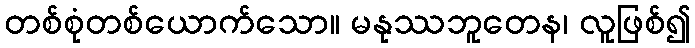
တစ်စုံတစ်ယောက်သော။ မနုဿဘူတေန၊ လူဖြစ်၍